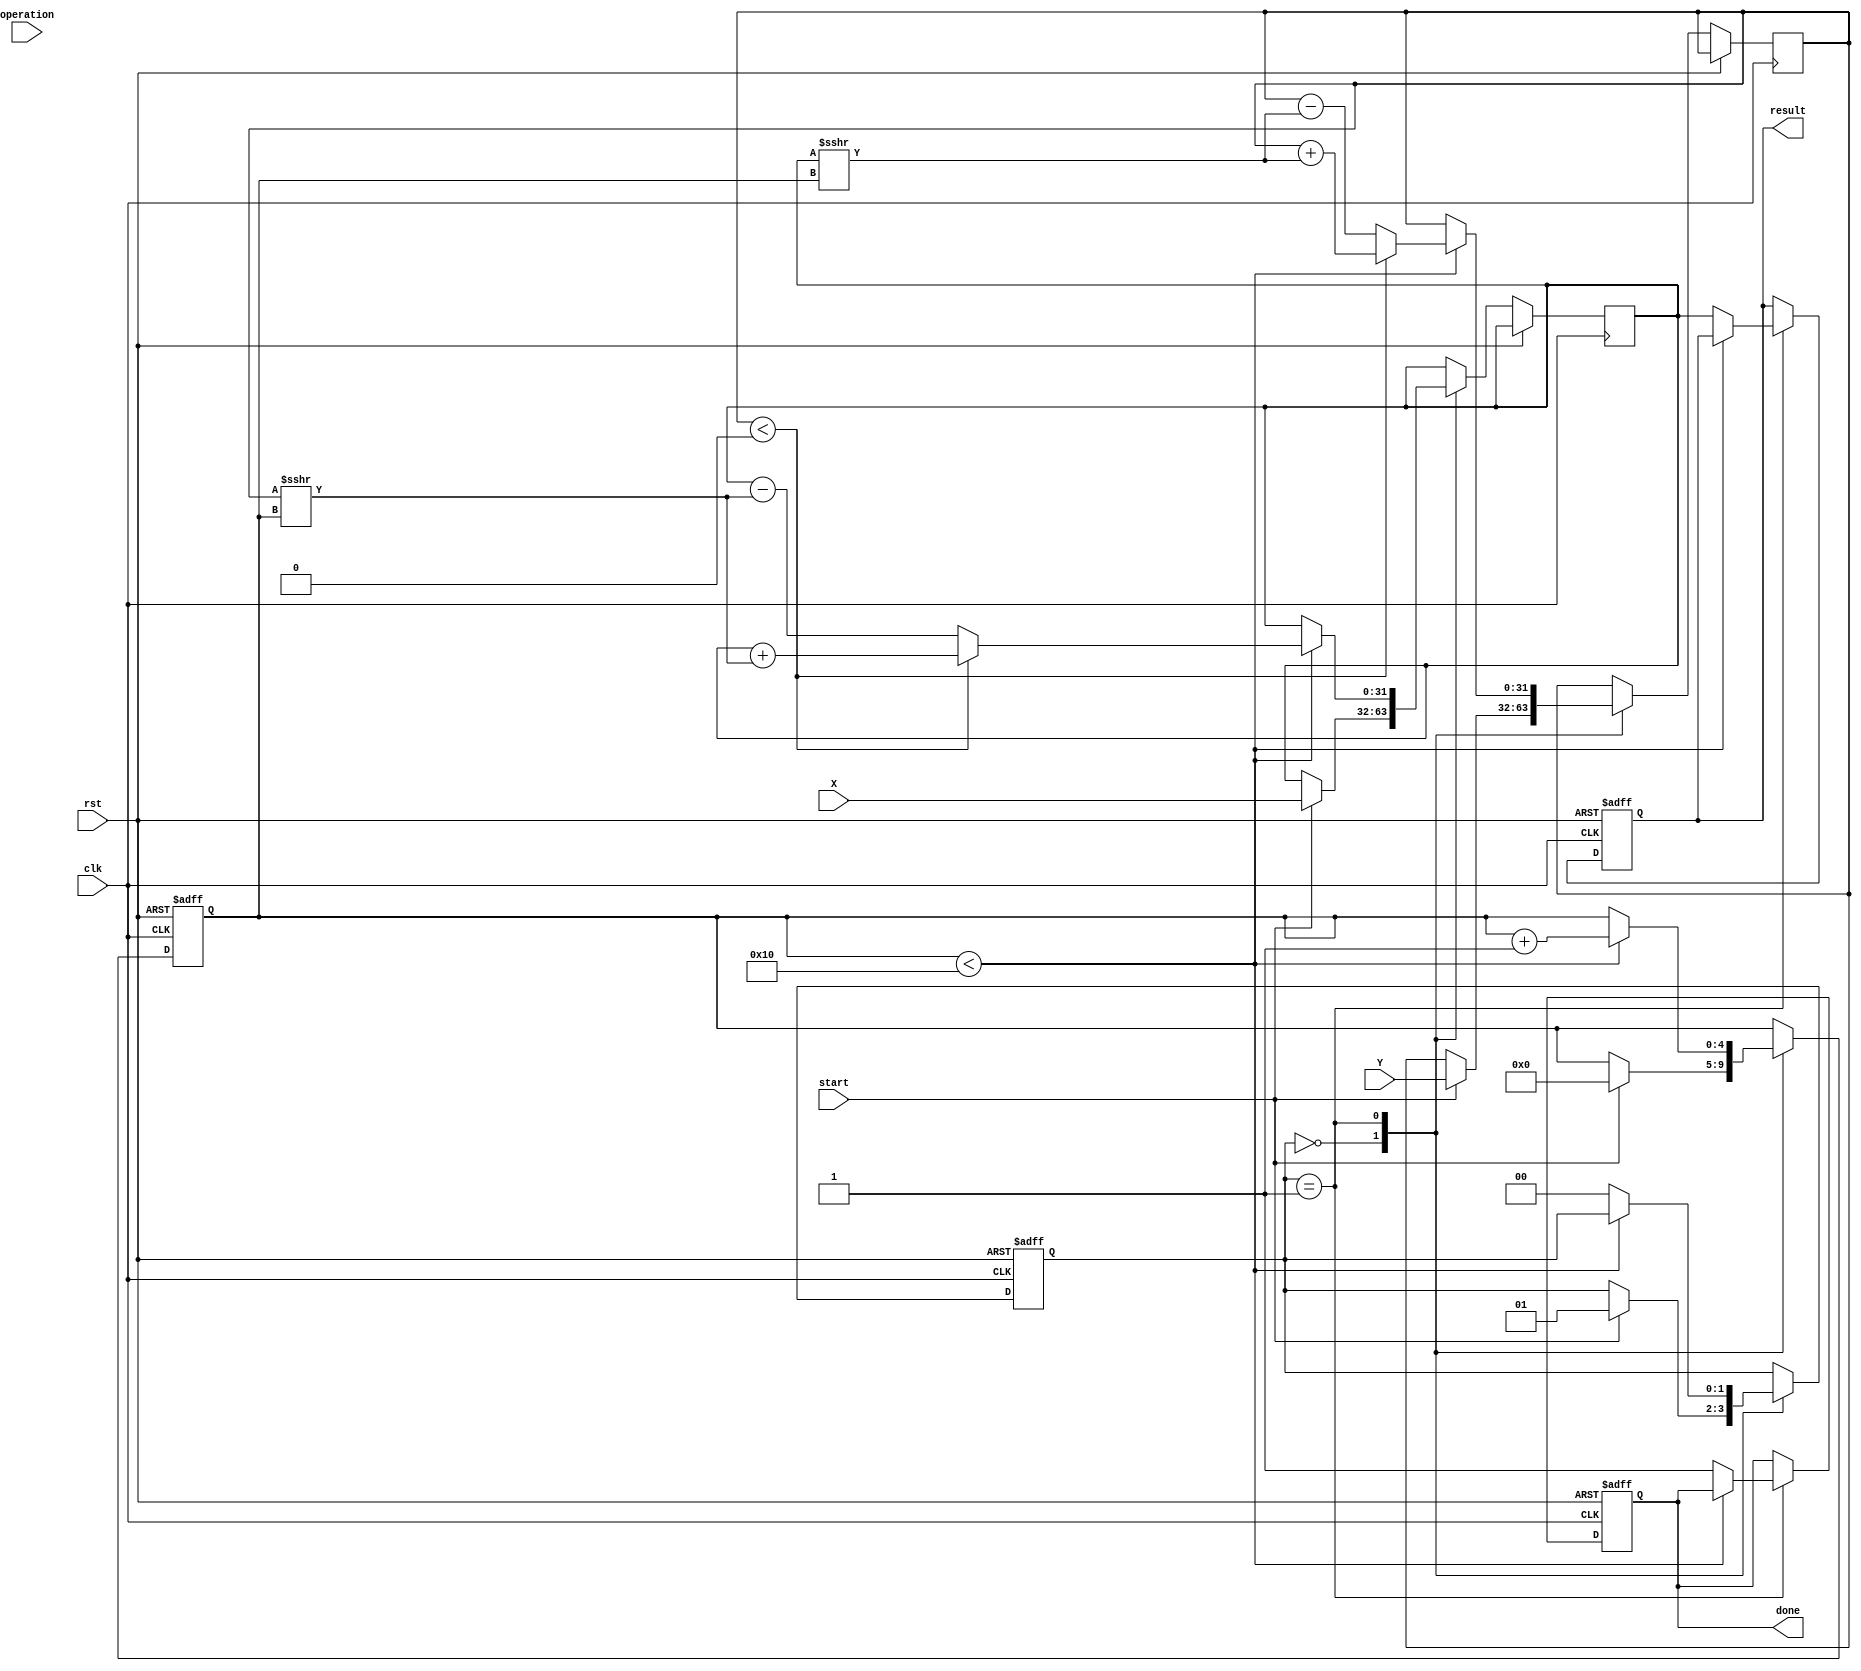
module cordic_fp (
    input wire clk,
    input wire rst,
    input wire [31:0] X, // IEEE 754 floating-point input
    input wire [31:0] Y, // IEEE 754 floating-point input
    input wire [1:0] operation, // 00: sine, 01: cosine, 10: tangent, 11: vectoring
    input wire start,
    output reg [31:0] result, // IEEE 754 floating-point output
    output reg done
);

    // Constants
    parameter NUM_ITERATIONS = 16; // Number of CORDIC iterations
    reg [31:0] atan_table [0:NUM_ITERATIONS-1]; // Precomputed arctangent values
    reg [31:0] x_reg, y_reg, z_reg; // Registers for X, Y, and angle
    reg [4:0] iteration; // Iteration counter
    reg [1:0] state; // State machine for control logic

    // Initialize arctangent values (in radians)
    initial begin
        atan_table[0] = 32'h3F000000; // atan(1) = /4
        atan_table[1] = 32'h3E2AAAAB; // atan(0.5)
        atan_table[2] = 32'h3DCCCCCD; // atan(0.333...)
        // ... Fill in the rest of the atan_table
    end

    // State machine for CORDIC operation
    always @(posedge clk or posedge rst) begin
        if (rst) begin
            state <= 0;
            iteration <= 0;
            done <= 0;
            result <= 32'b0;
        end else begin
            case (state)
                0: begin // Idle state
                    if (start) begin
                        x_reg <= X;
                        y_reg <= Y;
                        z_reg <= 32'b0; // Initialize angle
                        iteration <= 0;
                        state <= 1; // Move to CORDIC operation
                    end
                end
                1: begin // CORDIC operation
                    if (iteration < NUM_ITERATIONS) begin
                        // CORDIC rotation logic
                        if (y_reg < 0) begin
                            // Rotate clockwise
                            x_reg <= x_reg + (y_reg >>> iteration);
                            y_reg <= y_reg + (x_reg >>> iteration);
                            z_reg <= z_reg - atan_table[iteration];
                        end else begin
                            // Rotate counterclockwise
                            x_reg <= x_reg - (y_reg >>> iteration);
                            y_reg <= y_reg - (x_reg >>> iteration);
                            z_reg <= z_reg + atan_table[iteration];
                        end
                        iteration <= iteration + 1;
                    end else begin
                        // Finished iterations
                        done <= 1;
                        // Scale the result if necessary
                        result <= x_reg; // Output the result (sine or cosine based on operation)
                        state <= 0; // Go back to idle
                    end
                end
            endcase
        end
    end

endmodule